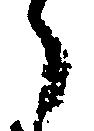
了